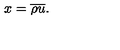
x = { \overline { \rho } } { \overline { u } } .